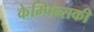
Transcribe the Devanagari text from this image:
केम्पिन्सकी